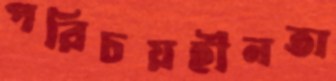
পরিচয়হীনতা